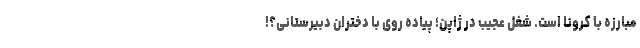
مبارزه با کرونا است. شغل عجیب در ژاپن؛ پیاده روی با دختران دبیرستانی؟!